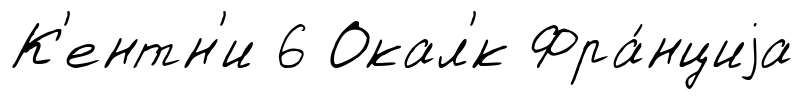
К'ентн'и 6 Окал'́к Фра́нциjа